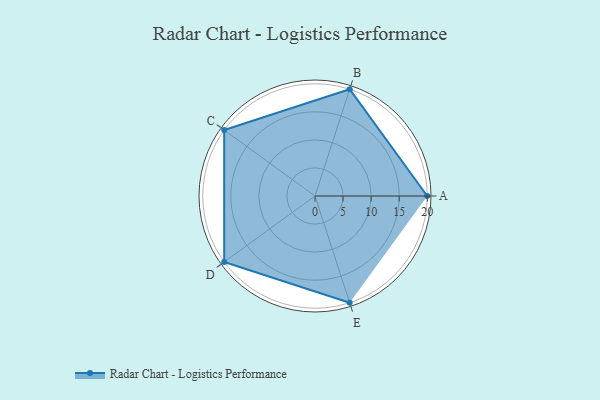
{"axis": {"x": "Skill", "y": "Score"}, "legend": ["Profile"], "data": [{"x": "A", "y": 20, "type": "Profile"}, {"x": "B", "y": 20, "type": "Profile"}, {"x": "C", "y": 20, "type": "Profile"}, {"x": "D", "y": 20, "type": "Profile"}, {"x": "E", "y": 20, "type": "Profile"}]}